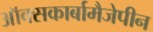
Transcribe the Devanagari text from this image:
ऑक्सकार्बामैजेपीन